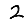
Digit: 2